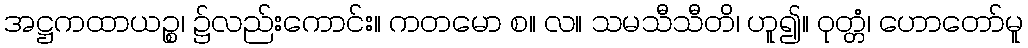
အဋ္ဌကထာယဉ္စ၊ ၌လည်းကောင်း။ ကတမော စ။ လ။ သမသီသီတိ၊ ဟူ၍။ ဝုတ္တံ၊ ဟောတော်မူ